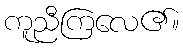
ကူညီကြလေ၏။